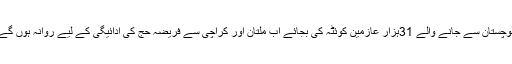
بلوچستان سے جانے والے 31ہزار عازمین کوئٹہ کی بجائے اب ملتان اور کراچی سے فریضہ حج کی ادائیگی کے لیے روانہ ہوں گے۔